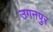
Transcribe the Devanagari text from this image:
उगनपुर